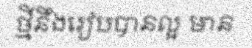
ថ្មីនឹងរៀបបានល្អ មាន